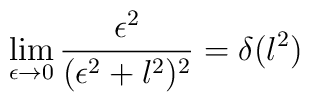
\lim_{\epsilon\to 0}\frac{\epsilon^2}{(\epsilon^2+l^2)^2}=\delta(l^2)